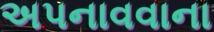
અપનાવવાના